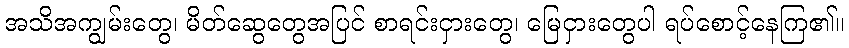
အသိအကျွမ်းတွေ၊ မိတ်ဆွေတွေအပြင် စာရင်းငှားတွေ၊ မြေငှားတွေပါ ရပ်စောင့်နေကြ၏။